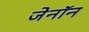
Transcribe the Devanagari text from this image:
जेनॉन